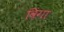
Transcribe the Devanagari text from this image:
विंगा